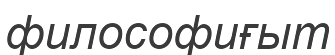
философиғыт